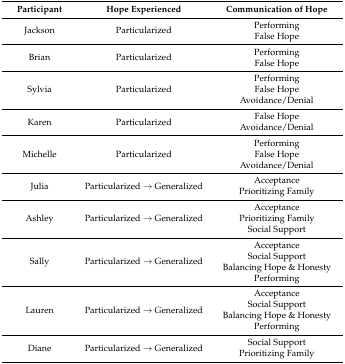
<table><thead><tr><td><b>Participant</b></td><td><b>Hope Experienced</b></td><td><b>Communication of Hope</b></td></tr></thead><tbody><tr><td>Jackson</td><td>Particularized</td><td>PerformingFalse Hope</td></tr><tr><td>Brian</td><td>Particularized</td><td>PerformingFalse Hope</td></tr><tr><td>Sylvia</td><td>Particularized</td><td>PerformingFalse HopeAvoidance/Denial</td></tr><tr><td>Karen</td><td>Particularized</td><td>False HopeAvoidance/Denial</td></tr><tr><td>Michelle</td><td>Particularized</td><td>PerformingFalse HopeAvoidance/Denial</td></tr><tr><td>Julia</td><td>Particularized → Generalized</td><td>AcceptancePrioritizing Family</td></tr><tr><td>Ashley</td><td>Particularized → Generalized</td><td>AcceptancePrioritizing FamilySocial Support</td></tr><tr><td>Sally</td><td>Particularized → Generalized</td><td>AcceptanceSocial SupportBalancing Hope &amp; HonestyPerforming</td></tr><tr><td>Lauren</td><td>Particularized → Generalized</td><td>AcceptanceSocial SupportBalancing Hope &amp; HonestyPerforming</td></tr><tr><td>Diane</td><td>Particularized → Generalized</td><td>Social SupportPrioritizing Family</td></tr></tbody></table>